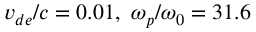
v _ { d e } / c = 0 . 0 1 , \ \omega _ { p } / \omega _ { 0 } = 3 1 . 6